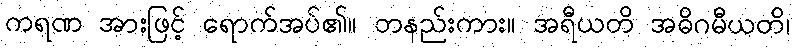
ကရဏ အားဖြင့် ရောက်အပ်၏။ တနည်းကား။ အရီယတိ အဓိဂမီယတိ၊